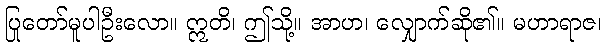
ပြုတော်မူပါဦးလော။ ဣတိ၊ ဤသို့။ အာဟ၊ လျှောက်ဆို၏။ မဟာရာဇ၊